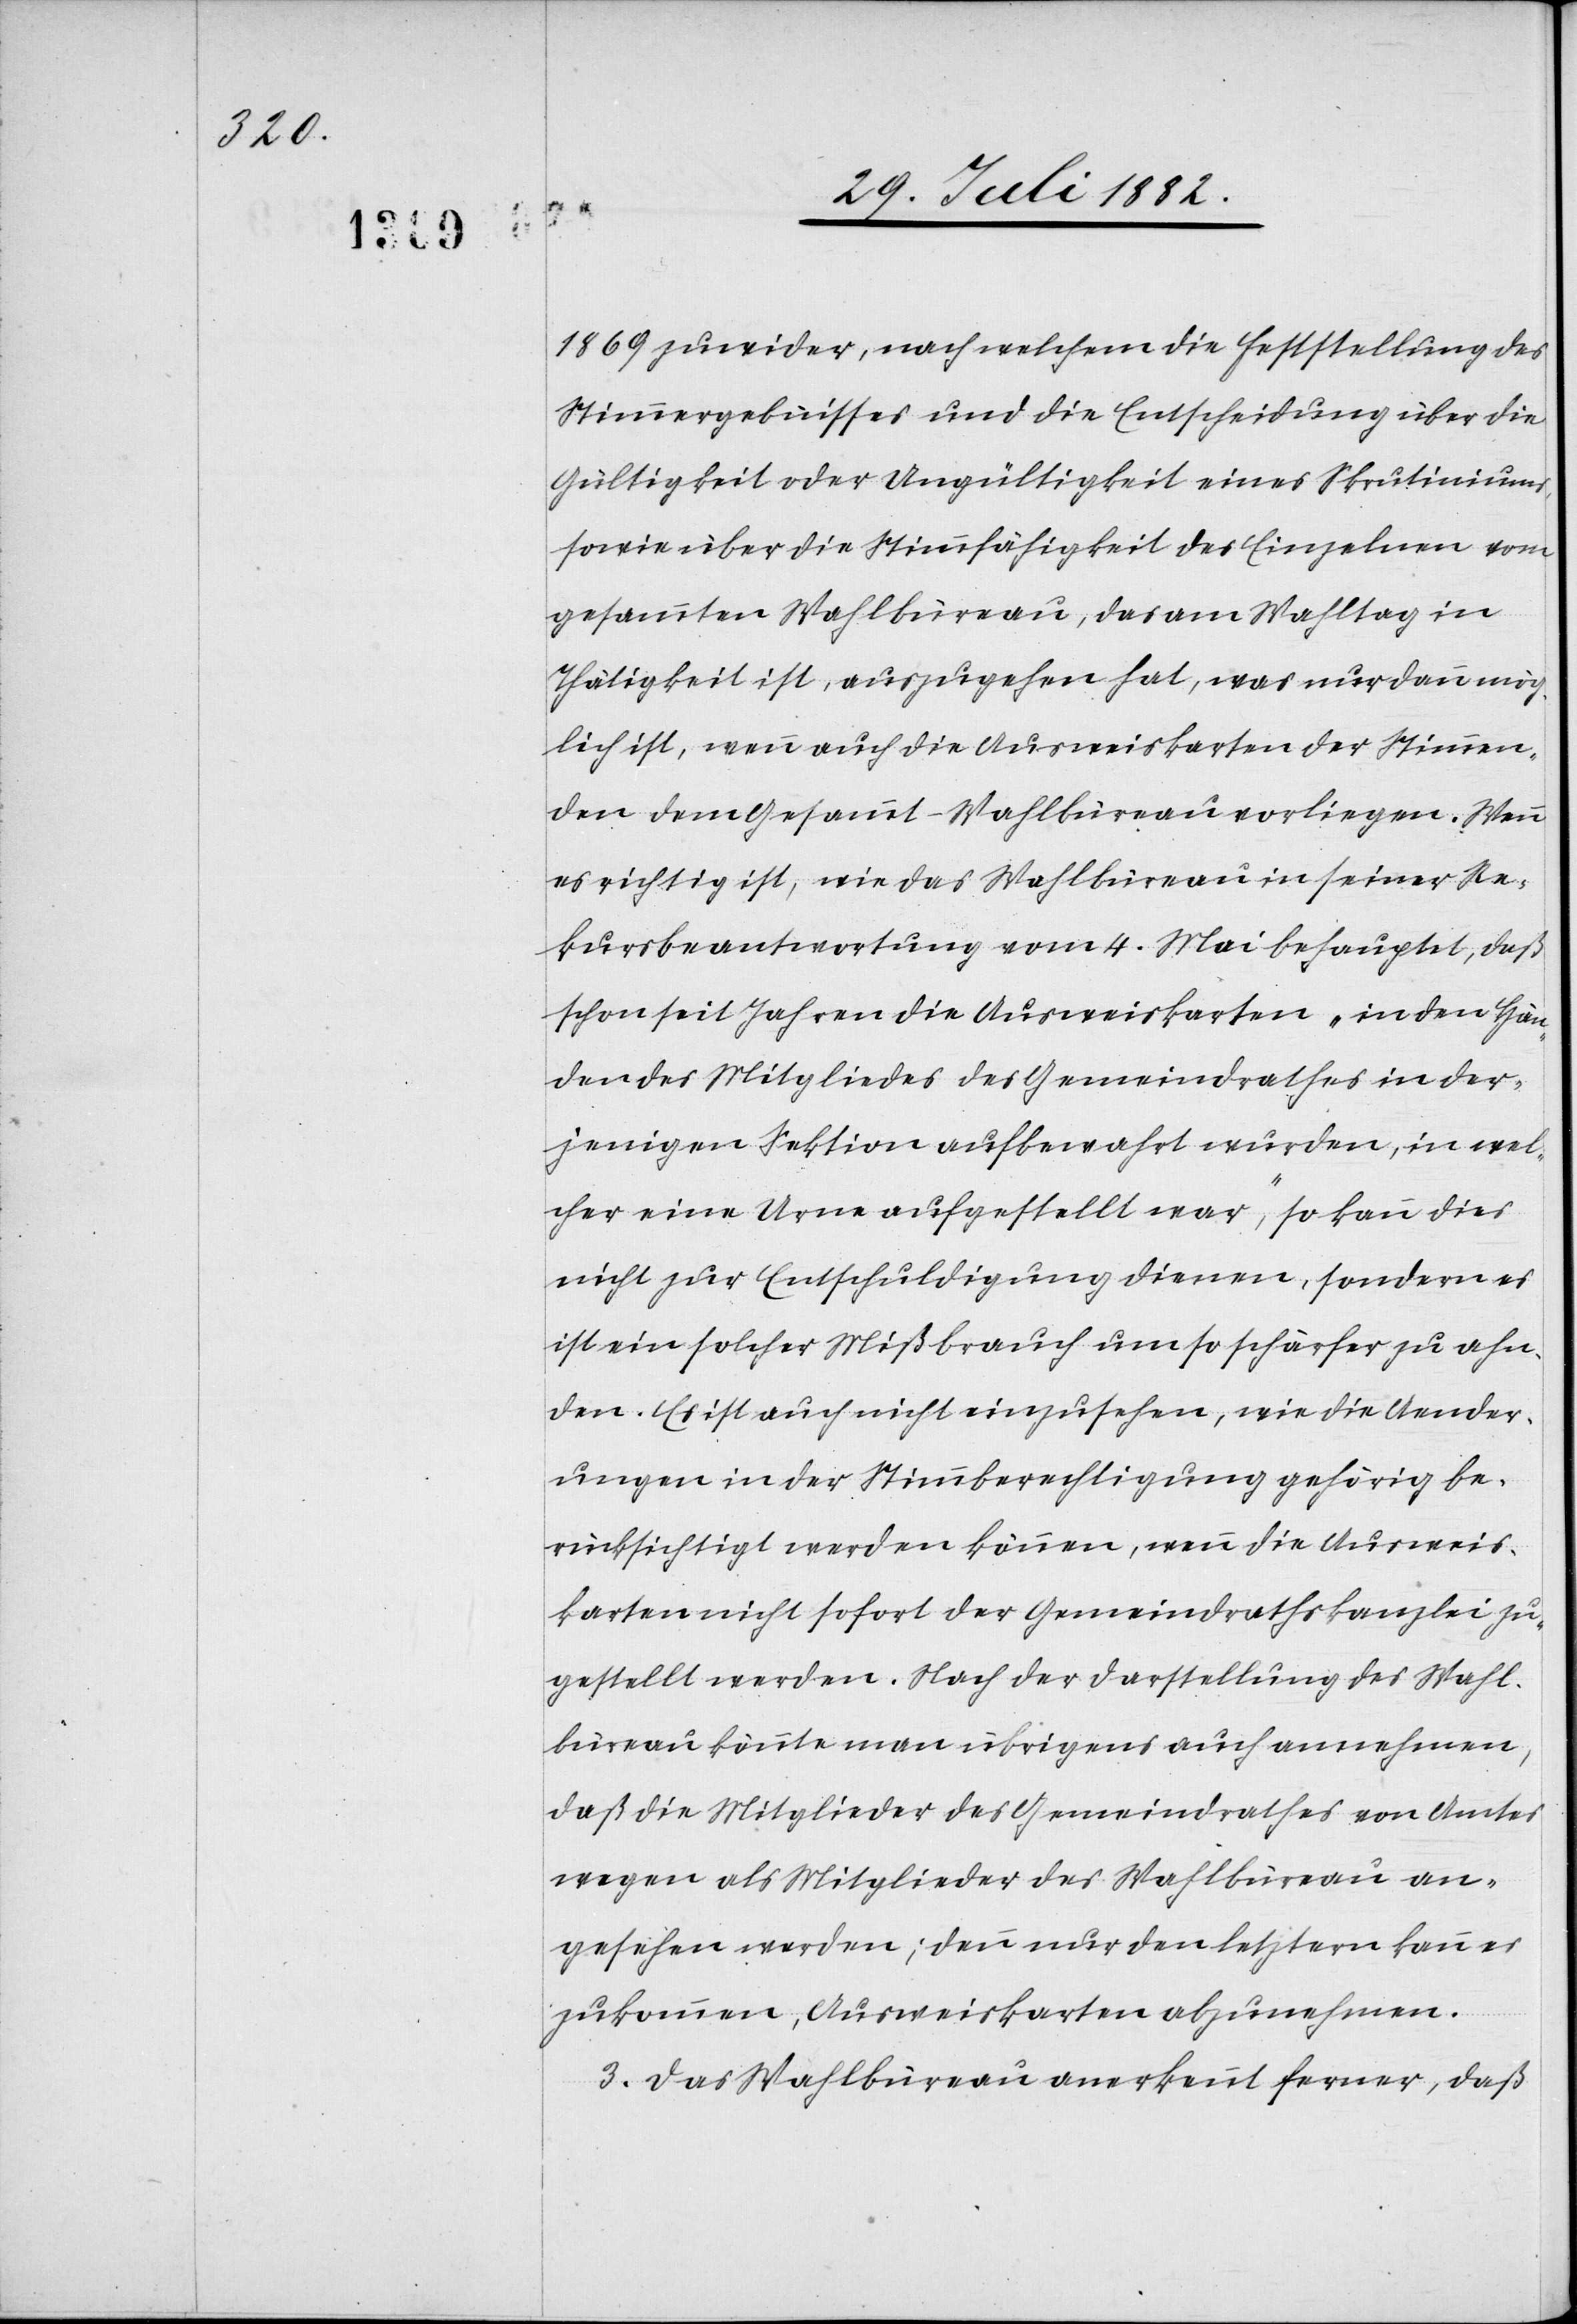
1869 zuwider, nach welchem die Feststellung des
Stimmergebnisses und die Entscheidung über die
Gültigkeit oder Ungültigkeit eines Skrutiniums
sowie über die Stimmfähigkeit des Einzelnen vom
gesammten Wahlbüreau, das am Wahltag in
Thätigkeit ist, auszugehen hat, was nur dann mög¬
lich ist, wenn auch die Ausweiskarten der Stimmen¬
den dem Gesammt-Wahlbüreau vorliegen. Wenn
es richtig ist, wie das Wahlbüreau in seiner Re¬
kursbeantwortung vom 4. Mai behauptet, daß
schon seit Jahren die Ausweiskarten „in den Hän¬
den des Mitgliedes des Gemeindrathes in der¬
jenigen Sektion aufbewahrt wurden, in wel¬
cher eine Urne aufgestellt war“, so kann dies
nicht zur Entschuldigung dienen, sondern es
ist ein solcher Mißbrauch um so schärfer zu ahn¬
den. Es ist auch nicht einzusehen, wie die Aender¬
ungen in der Stimmberechtigung gehörig be¬
rücksichtigt werden können, wenn die Ausweis¬
karten nicht sofort der Gemeindrathskanzlei zu¬
gestellt werden. Nach der Darstellung des Wahl¬
büreau könnte man übrigens auch annehmen,
daß die Mitglieder des Gemeindrathes von Amtes
wegen als Mitglieder des Wahlbüreau an¬
gesehen werden; denn nur den letztern kann es
zukommen, Ausweiskarten abzunehmen.
3. Das Wahlbüreau anerkennt ferner, daß